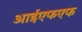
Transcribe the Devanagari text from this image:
आईएफएफ